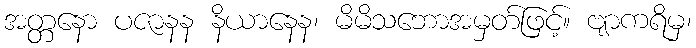
အတ္တနော ပဇာနန နိယာနေန၊ မိမိသဘောအမှတ်ဖြင့်။ ဗျာကရိမှ၊